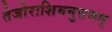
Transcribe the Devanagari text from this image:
तेजोराशिमनुत्तमम्